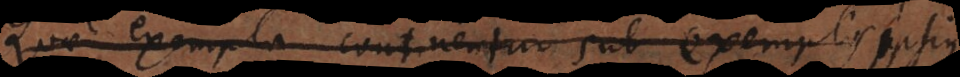
Quae exempla continentur sub exempli